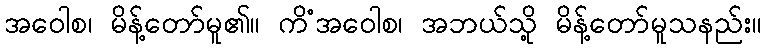
အဝေါစ၊ မိန့်တော်မူ၏။ ကိံအဝေါစ၊ အဘယ်သို့ မိန့်တော်မူသနည်း။